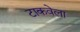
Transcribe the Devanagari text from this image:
टाकवेला